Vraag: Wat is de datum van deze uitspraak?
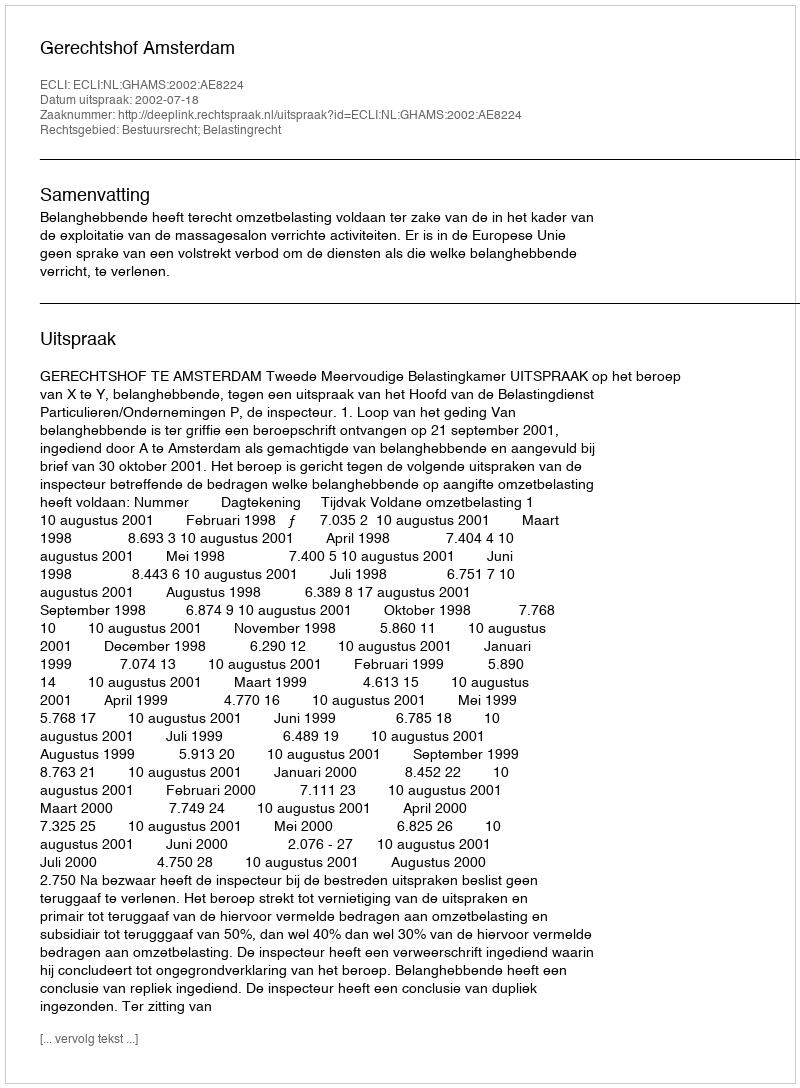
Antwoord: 2002-07-18